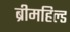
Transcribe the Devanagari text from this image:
ब्रीमहिल्ड